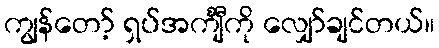
ကျွန်တော့် ရှပ်အင်္ကျီကို လျှော်ချင်တယ်။